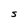
Character: S